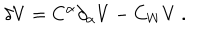
\delta V = C ^ { \alpha } { \partial } _ { \alpha } V - C _ { W } V ~ .